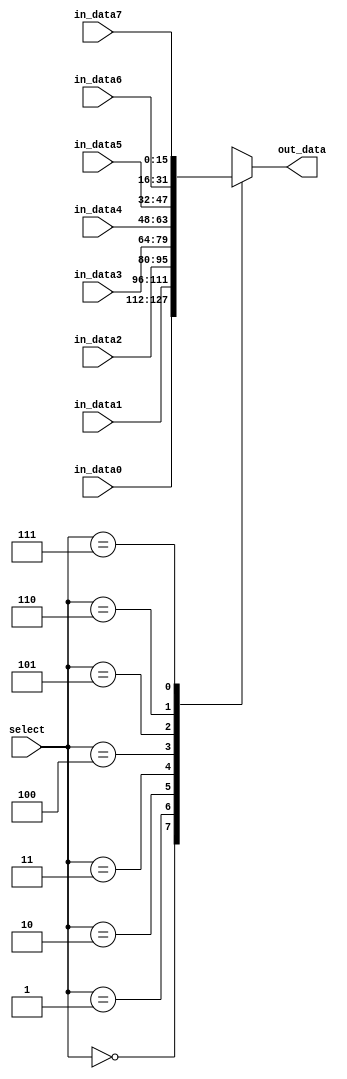
module mux8to1_16bit(out_data,in_data0,in_data1,in_data2,in_data3,in_data4,in_data5,in_data6,in_data7,select);

input [15:0] in_data0,in_data1,in_data2,in_data3,in_data4,in_data5,in_data6,in_data7;
input [2:0] select;
output reg [15:0] out_data;

always @(select or in_data0 or in_data1 or in_data2 or in_data3 or in_data4 or in_data5 or in_data6 or in_data7)

  begin

    case (select)

      3'b000: out_data = in_data0;

      3'b001: out_data = in_data1;

      3'b010: out_data = in_data2;

      3'b011: out_data = in_data3;
		
		3'b100: out_data = in_data4;
		
		3'b101: out_data = in_data5;
		
		3'b110: out_data = in_data6;
		
		3'b111: out_data = in_data7;

    endcase

  end
endmodule